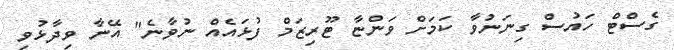
ގެސްޓް ހައުސް ގިނަނުވާ ކަމަށް ވަންޏާ ޓޫރިޒަމް ފުޅައެއް ނުވާނެ" އޭނާ ވިދާޅުވި